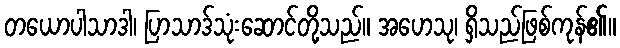
တယောပါသာဒါ၊ ပြာသာဒ်သုံးဆောင်တို့သည်။ အဟေသု၊ ရှိသည်ဖြစ်ကုန်၏။